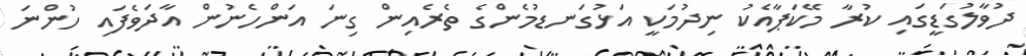
ދުވާލުގަޑީގައި ކުރާ މޭކަޕާއެކު ނިދުމަކީ އަޅުގަނޑުމެންގެ ތެރެއިން ގިނަ އަންހެނުން އާދަވެފައި ހުންނަ